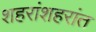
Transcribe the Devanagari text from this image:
शहरांशहरांत